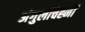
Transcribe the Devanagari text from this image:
अंगुलचिह्नों